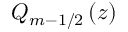
Q _ { m - 1 / 2 } \left( z \right)